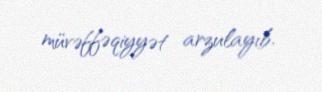
müvəffəqiyyət arzulayıb.